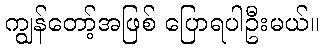
ကျွန်တော့်အဖြစ် ပြောရပါဦးမယ်။